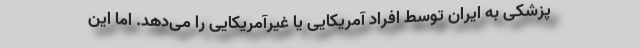
پزشکی به ایران توسط افراد آمریکایی یا غیرآمریکایی را می‌دهد. اما این